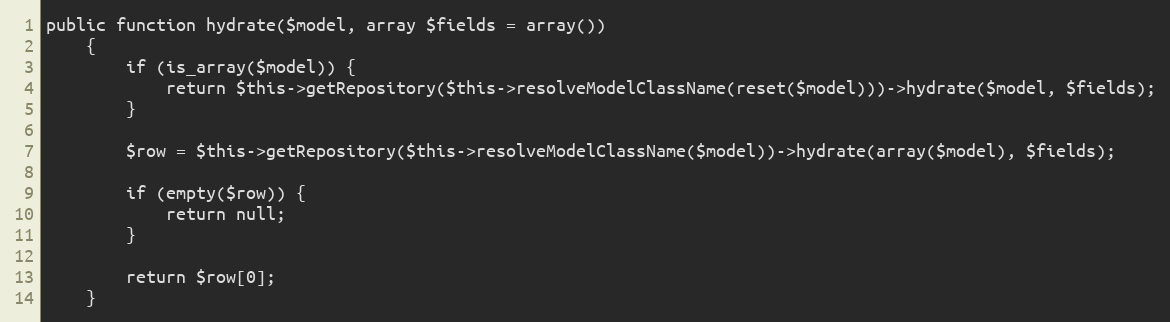
Language: PHP
public function hydrate($model, array $fields = array())
    {
        if (is_array($model)) {
            return $this->getRepository($this->resolveModelClassName(reset($model)))->hydrate($model, $fields);
        }

        $row = $this->getRepository($this->resolveModelClassName($model))->hydrate(array($model), $fields);

        if (empty($row)) {
            return null;
        }

        return $row[0];
    }